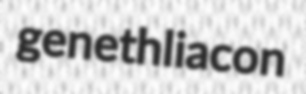
genethliacon